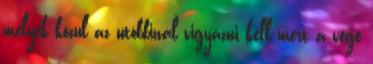
melyek közül az utóbbinál vigyázni kell mert a vége